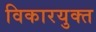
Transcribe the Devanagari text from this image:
विकारयुक्त